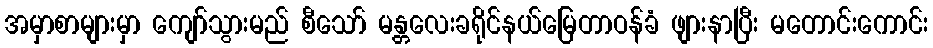
အမှာစာများမှာ ကျော်သွားမည် စီသော် မန္တလေးခရိုင်နယ်မြေတာဝန်ခံ ဖျားနာပြီး မတောင်းကောင်း